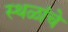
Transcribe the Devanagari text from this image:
स्‍थळांचे